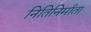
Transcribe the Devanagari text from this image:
नितिनिर्माता